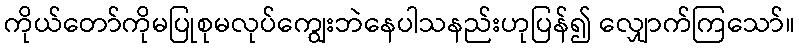
ကိုယ်တော်ကိုမပြုစုမလုပ်ကျွေးဘဲနေပါသနည်းဟုပြန်၍ လျှောက်ကြသော်။